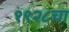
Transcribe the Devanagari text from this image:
१९२८चा